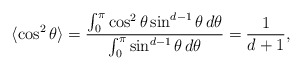
\begin{align*}\langle\cos^2\theta\rangle={\int_0^\pi\cos^2\theta\sin^{d-1}\theta\,d\theta\over\int_0^\pi\sin^{d-1}\theta\,d\theta}={1\over d+1},\end{align*}